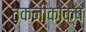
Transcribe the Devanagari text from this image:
तकनीकोक्ष